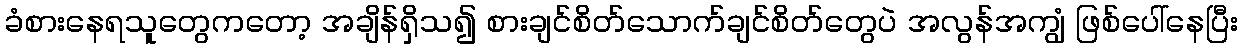
ခံစားနေရသူတွေကတော့ အချိန်ရှိသ၍ စားချင်စိတ်သောက်ချင်စိတ်တွေပဲ အလွန်အကျွံ ဖြစ်ပေါ်နေပြီး